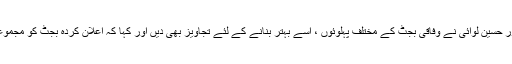
اس موقع پر ضیا ء المصطفیٰ اعوان اور حسین لوائی نے وفاقی بجٹ کے مختلف پہلوئوں ، اسے بہتر بنانے کے لئے تجاویز بھی دیں اور کہا کہ اعلان کردہ بجٹ کو مجموعی طور پر مثبت قرار دیا جا رہاہے ۔